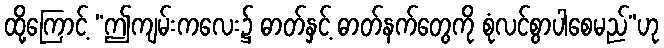
ထို့ကြောင့် “ဤကျမ်းကလေး၌ ဓာတ်နှင့် ဓာတ်နက်တွေကို စုံလင်စွာပါစေမည်”ဟု